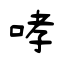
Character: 哮